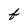
Character: f